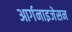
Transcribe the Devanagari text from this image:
आर्गनाइजेसन